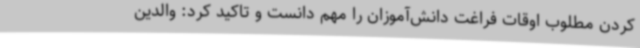
کردن مطلوب اوقات فراغت دانش‌آموزان را مهم دانست و تاکید کرد: والدین